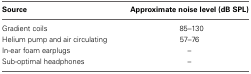
<table><thead><tr><td><b>Source</b></td><td><b>Approximate noise level (dB SPL)</b></td></tr></thead><tbody><tr><td>Gradient coils</td><td>85–130</td></tr><tr><td>Helium pump and air circulating</td><td>57–76</td></tr><tr><td>In-ear foam earplugs</td><td>–</td></tr><tr><td>Sub-optimal headphones</td><td>–</td></tr></tbody></table>